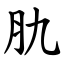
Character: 肍